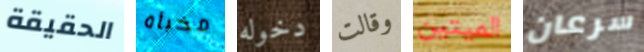
الحقيقة مخبأة دخوله وقالت الميتين سرعان